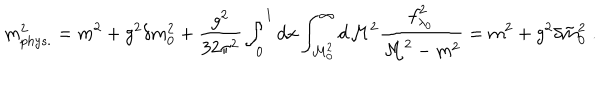
m _ { p h y s . } ^ { 2 } = m ^ { 2 } + g ^ { 2 } \delta m _ { 0 } ^ { 2 } + \frac { g ^ { 2 } } { 3 2 \pi ^ { 2 } } \int _ { 0 } ^ { 1 } d x \int _ { { \cal M } _ { 0 } ^ { 2 } } ^ { \infty } d { \cal M } ^ { 2 } \frac { f _ { \lambda _ { 0 } } ^ { 2 } } { { \cal M } ^ { 2 } - m ^ { 2 } } = m ^ { 2 } + g ^ { 2 } \delta \tilde { m } _ { 0 } ^ { 2 } \; .